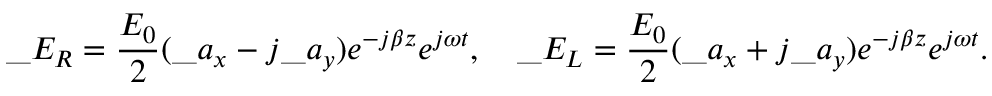
\_ E _ { \/ R } = { \frac { E _ { 0 } } { 2 } } ( \_ a _ { x } - j \_ a _ { y } ) e ^ { - j \beta z } e ^ { j \omega t } , \quad \_ E _ { \/ L } = { \frac { E _ { 0 } } { 2 } } ( \_ a _ { x } + j \_ a _ { y } ) e ^ { - j \beta z } e ^ { j \omega t } .